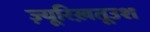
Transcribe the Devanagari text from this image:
ज़्यूरिख़तूउश